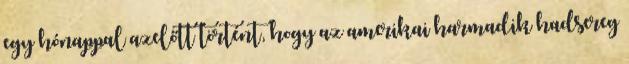
egy hónappal azelőtt történt, hogy az amerikai harmadik hadsereg